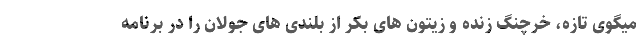
میگوی تازه، خرچنگ زنده و زیتون های بکر از بلندی های جولان را در برنامه